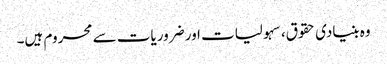
وہ بنیادی حقوق، سہولیات اور ضروریات سے محروم ہیں۔